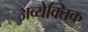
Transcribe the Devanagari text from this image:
अव्येक्तिक